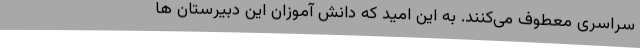
سراسری معطوف می‌کنند. به این امید که دانش آموزان این دبیرستان ها